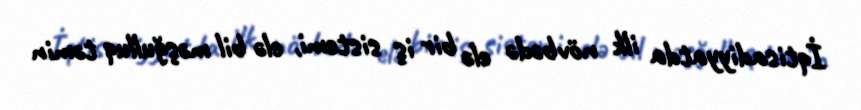
İqtisadiyyatda ilk növbədə elə bir iş sistemi, elə bil məşğulluq təmin